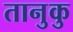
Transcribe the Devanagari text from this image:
तानुकु